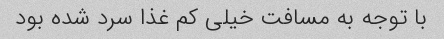
با توجه به مسافت خیلی کم غذا سرد شده بود